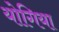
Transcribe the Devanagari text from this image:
योगिया